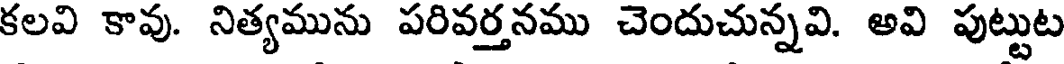
కలవి కావు. నిత్యమును పరివర్తనము చెందుచున్నవి. అవి పుట్టుట